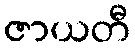
ဇာယတီ